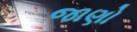
જાણો